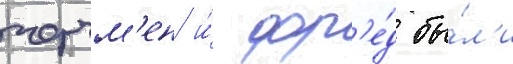
черчм'ен и́ фр'е́д бы́л'и